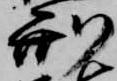
刑